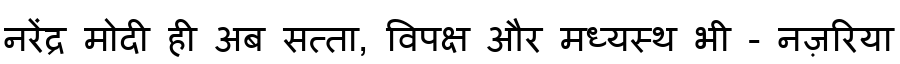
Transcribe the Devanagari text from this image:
नरेंद्र मोदी ही अब सत्ता, विपक्ष और मध्यस्थ भी - नज़रिया